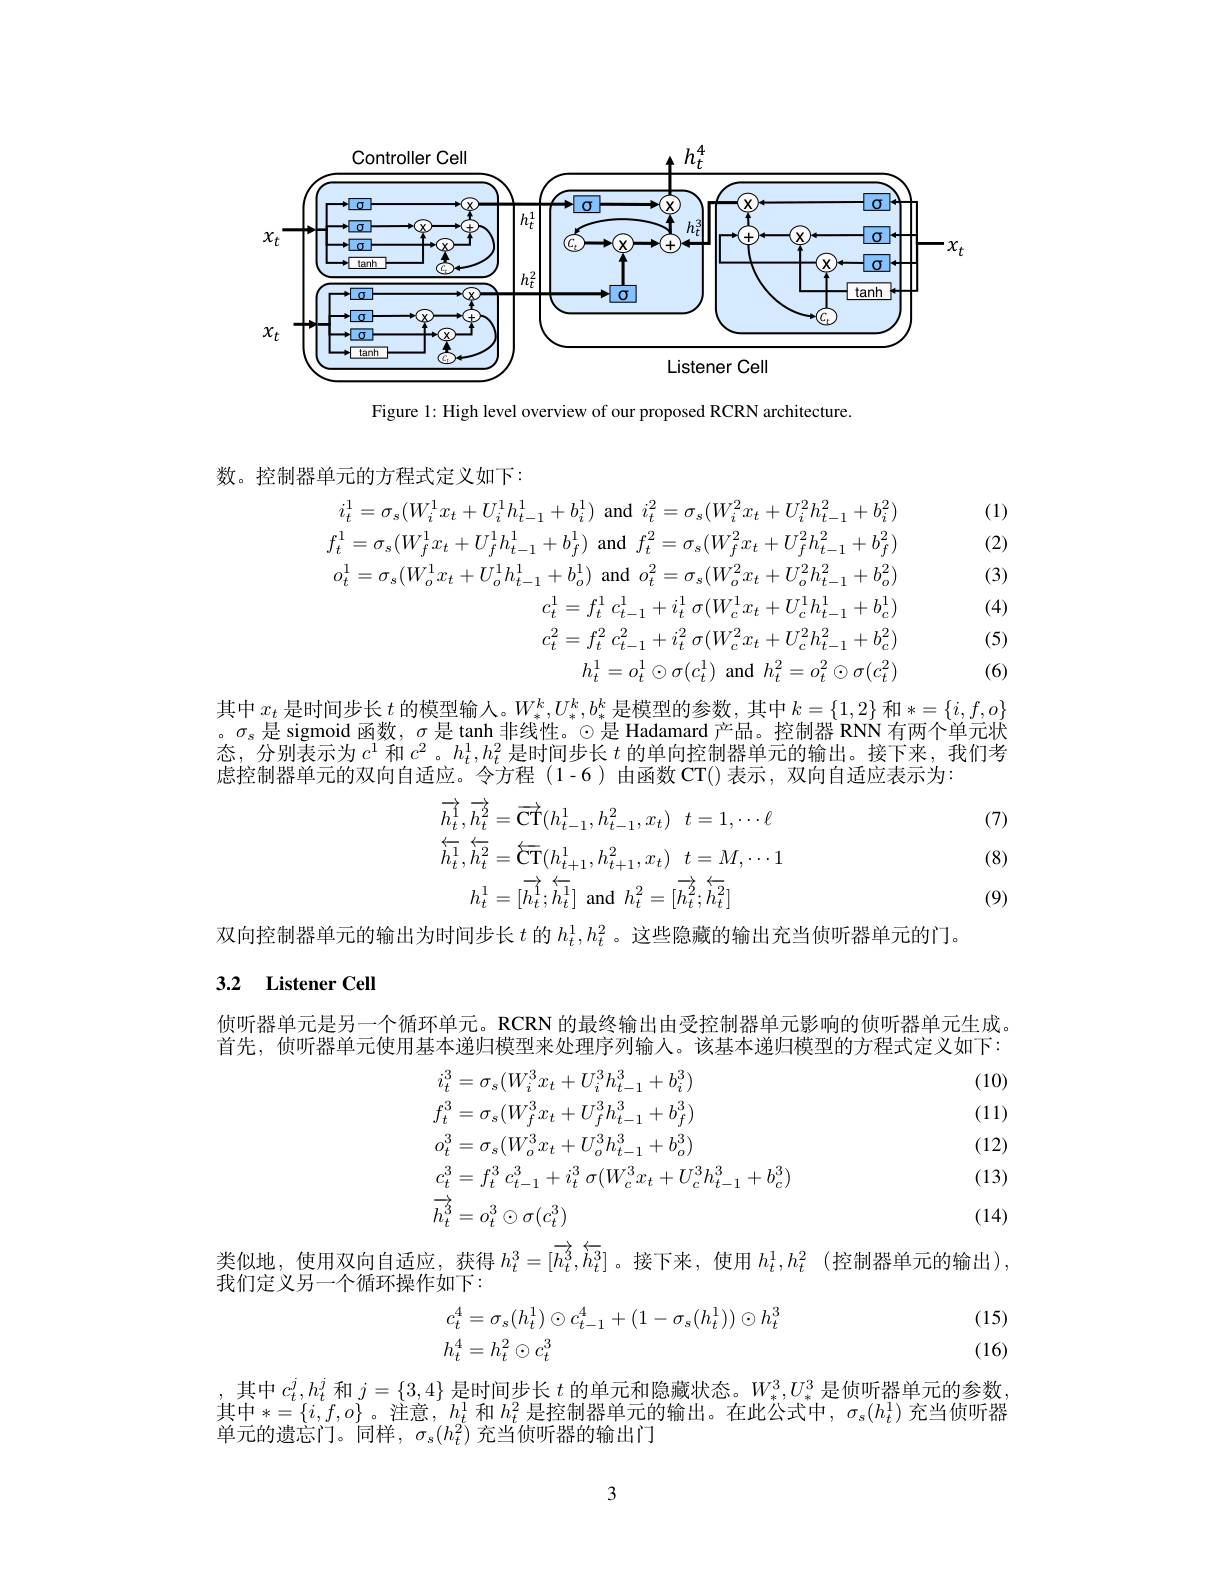
<FigureHere>

Figure 1: High level overview of our proposed RCRN architecture

数。控制器单元的方程式定义如下：
$$\begin{aligned}&i_{t}^{1}=\sigma_{s}(W_{i}^{1}x_{t}+U_{i}^{1}h_{t-1}^{1}+b_{i}^{1})\mathrm{~and~}i_{t}^{2}=\sigma_{s}(W_{i}^{2}x_{t}+U_{i}^{2}h_{t-1}^{2}+b_{i}^{2})\\&f_{t}^{1}=\sigma_{s}(W_{f}^{1}x_{t}+U_{f}^{1}h_{t-1}^{1}+b_{f}^{1})\mathrm{~and~}f_{t}^{2}=\sigma_{s}(W_{f}^{2}x_{t}+U_{f}^{2}h_{t-1}^{2}+b_{f}^{2})\\&o_{t}^{1}=\sigma_{s}(W_{o}^{1}x_{t}+U_{o}^{1}h_{t-1}^{1}+b_{o}^{1})\mathrm{~and~}o_{t}^{2}=\sigma_{s}(W_{o}^{2}x_{t}+U_{o}^{2}h_{t-1}^{2}+b_{o}^{2})\\&c_{t}^{1}=f_{t}^{1}\:c_{t-1}^{1}+i_{t}^{1}\:\sigma(W_{c}^{1}x_{t}+U_{c}^{1}h_{t-1}^{1}+b_{c}^{1})\\&c_{t}^{2}=f_{t}^{2}c_{t-1}^{2}+i_{t}^{2}\:\sigma(W_{c}^{2}x_{t}+U_{c}^{2}h_{t-1}^{2}+b_{c}^{2})\\&h_{t}^{1}=o_{t}^{1}\odot\sigma(c_{t}^{1})\:\mathrm{and}\:h_{t}^{2}=o_{t}^{2}\odot\sigma(c_{t}^{2})\end{aligned}$$
(1)

(2)

(3)

(4)

(5)

(6)

其中$x_t$ 是时间步长$t$ 的模型输人。$W_*^k,U_*^k,b_*^k$是模型的参数，其中$k=\{1,2\}$ 和$*=\{i,f,o\}$ 。$\sigma_s$ 是 sigmoid 函数，$\sigma$ 是 tanh 非线性。$\odot$是 Hadamard 产品。控制器 RNN 有两个单元状态，分别表示为$c^1$和$c^2$。$h_t^1,h_t^2$是时间步长$t$的单向控制器单元的输出。接下来，我们考虑控制器单元的双向自适应。令方程 (1-6)由函数 CT()表示，双向自适应表示为：

(7)
$$\begin{aligned}\overrightarrow{h_{t}^{1}},\overrightarrow{h_{t}^{2}}&=\overrightarrow{\mathrm{CT}}(h_{t-1}^{1},h_{t-1}^{2},x_{t})\:t=1,\cdots\ell\\\overleftarrow{h_{t}^{1}},\overleftarrow{h_{t}^{2}}&=\overleftarrow{\mathrm{CT}}(h_{t+1}^{1},h_{t+1}^{2},x_{t})\:t=M,\cdots1\\h_{t}^{1}&=[\overrightarrow{h_{t}^{1}};\stackrel{\leftarrow}{h_{t}^{1}}]\:\mathrm{and}\:h_{t}^{2}=[\stackrel{\rightarrow}{h_{t}^{2}};\stackrel{\leftarrow}{h_{t}^{2}}]\end{aligned}$$
(8)

(9)

### 3.2 Listener Cell

双向控制器单元的输出为时间步长$t$ 的 $h_t^1,h_t^2$。这些隐藏的输出充当侦听器单元的门。
侦听器单元是另一个循环单元。RCRN 的最终输出由受控制器单元影响的侦听器单元生成。首先，侦听器单元使用基本递归模型来处理序列输入。该基本递归模型的方程式定义如下：

(10)

(11)

(12)
$$\begin{aligned}&i_{t}^{3}=\sigma_{s}(W_{i}^{3}x_{t}+U_{i}^{3}h_{t-1}^{3}+b_{i}^{3})\\&f_{t}^{3}=\sigma_{s}(W_{f}^{3}x_{t}+U_{f}^{3}h_{t-1}^{3}+b_{f}^{3})\\&o_{t}^{3}=\sigma_{s}(W_{o}^{3}x_{t}+U_{o}^{3}h_{t-1}^{3}+b_{o}^{3})\\&c_{t}^{3}=f_{t}^{3}\:c_{t-1}^{3}+i_{t}^{3}\:\sigma(W_{c}^{3}x_{t}+U_{c}^{3}h_{t-1}^{3}+b_{c}^{3})\\&\overrightarrow{h_{t}^{3}}=o_{t}^{3}\odot\sigma(c_{t}^{3})\end{aligned}$$
(13)

(14)

类似地，使用双向自适应，获得$h_t^3=[\overrightarrow{h_t^3},\overleftrightarrow{h_t^3}]$。接下来，使用$h_t^1,h_t^2$(控制器单元的输出),

我们定义另一个循环操作如下：
$$\begin{aligned}c_t^4&=\sigma_s(h_t^1)\odot c_{t-1}^4+(1-\sigma_s(h_t^1))\odot h_t^3\\h_t^4&=h_t^2\odot c_t^3\end{aligned}$$
(15) (16)

其中$c_t^j,h_t^j$和$j=\{3,4\}$是时间步长$t$的单元和隐藏状态。$W_*^3,U_*^3$是侦听器单元的参数其中$*=\{i,f,o\}$。注意，$h_t^1$和$h_t^2$是控制器单元的输出。在此公式中，$\sigma_s(h_t^1)$充当侦听器单元的遗忘门。同样，$\sigma_s(h_t^2)$充当侦听器的输出门

3